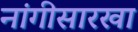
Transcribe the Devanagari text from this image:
नांगीसारखा